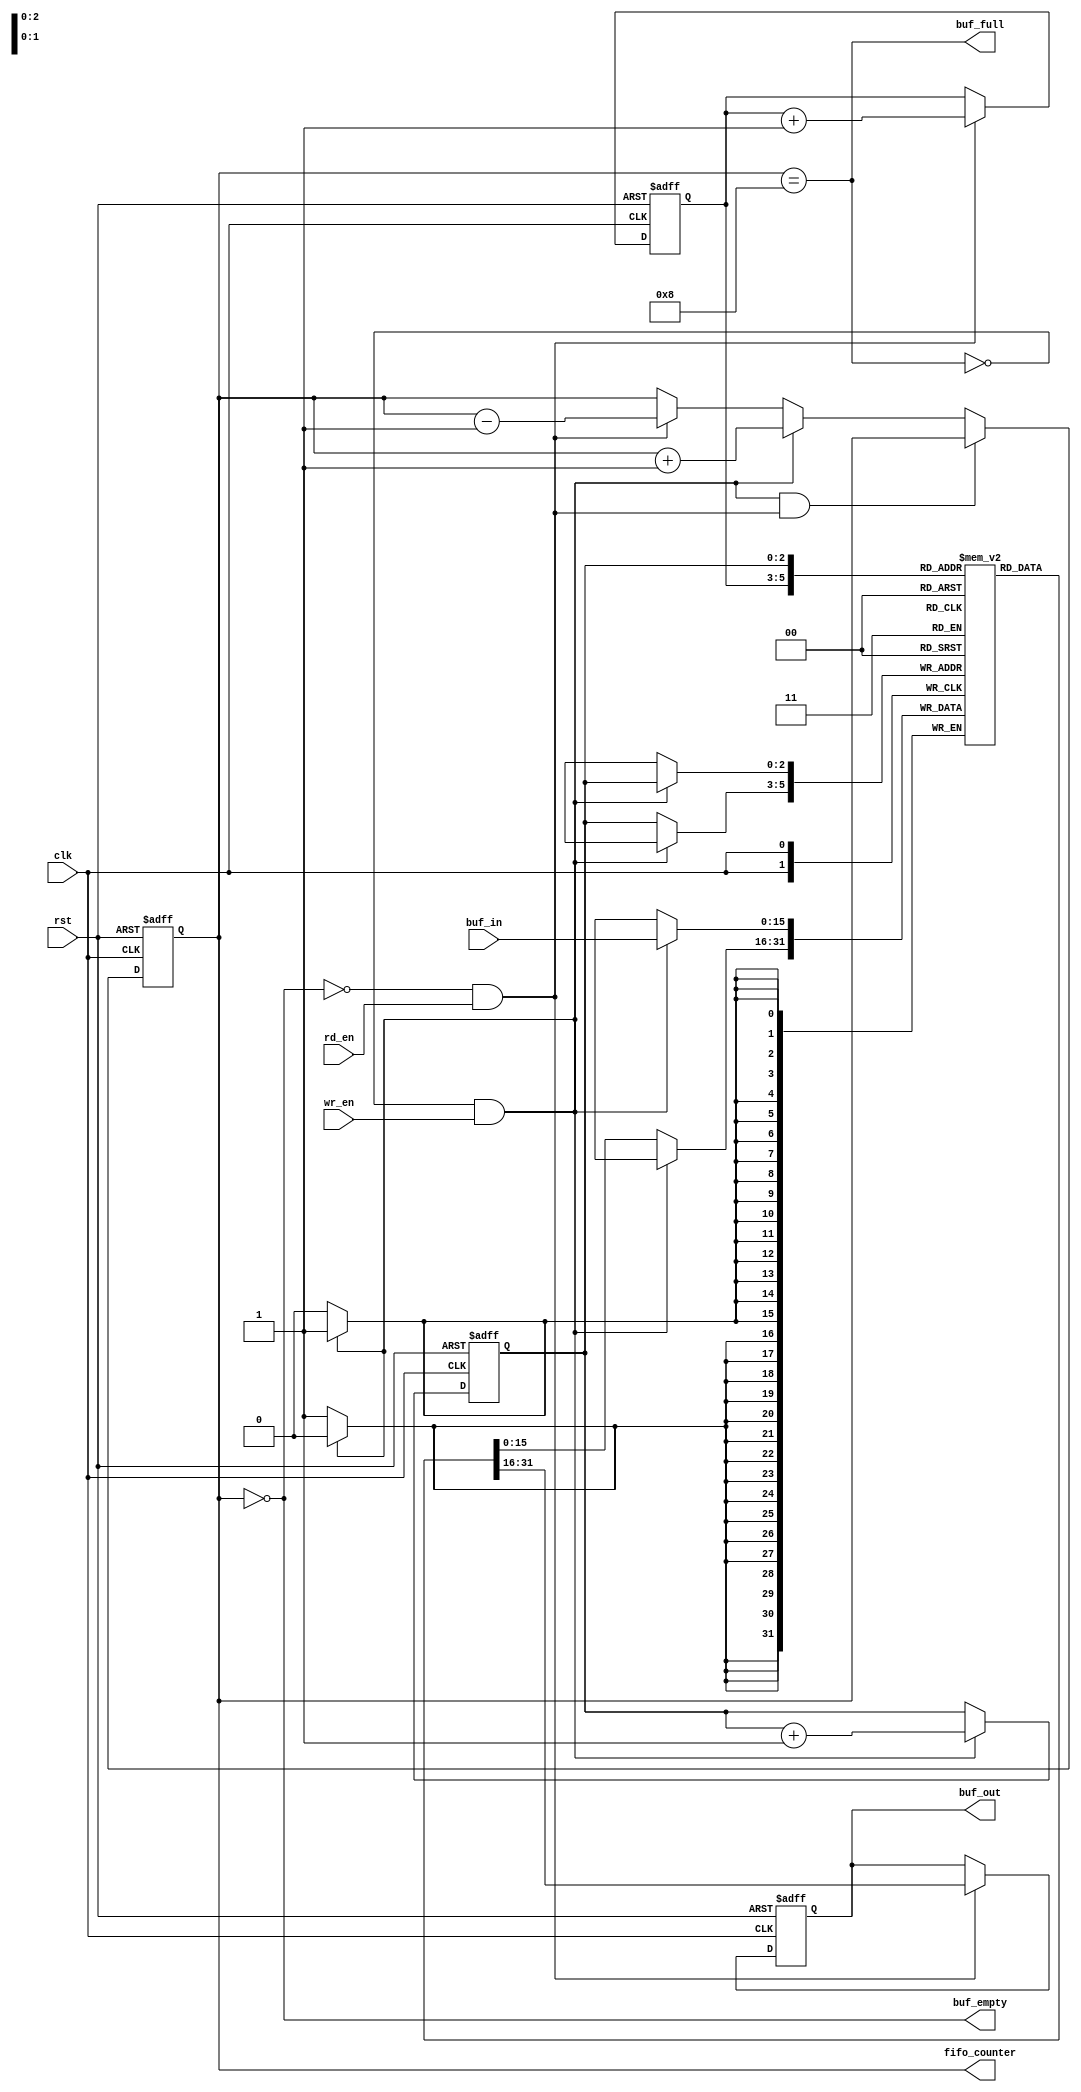



`define BUF_WIDTH 3    // BUF_SIZE = 16 -> BUF_WIDTH = 4, no. of bits to be used in pointer
`define BUF_SIZE ( 1<<`BUF_WIDTH )

module fifo( clk, rst, buf_in, buf_out, wr_en, rd_en, buf_empty, buf_full, fifo_counter );

input                 rst, clk, wr_en, rd_en;   
// reset, system clock, write enable and read enable.
input [15:0]           buf_in;                   
// data input to be pushed to buffer
output[15:0]           buf_out;                  
// port to output the data using pop.
output                buf_empty, buf_full;      
// buffer empty and full indication 
output[`BUF_WIDTH :0] fifo_counter;             
// number of data pushed in to buffer   

reg[15:0]              buf_out;
reg                   buf_empty, buf_full;
reg[`BUF_WIDTH :0]    fifo_counter;
reg[`BUF_WIDTH -1:0]  rd_ptr, wr_ptr;           // pointer to read and write addresses  
reg[15:0]              buf_mem[`BUF_SIZE -1 : 0]; //  

always @(fifo_counter)
begin
   buf_empty = (fifo_counter==0);
   buf_full = (fifo_counter== `BUF_SIZE);

end

always @(posedge clk or posedge rst)
begin
   if( rst )
       fifo_counter <= 0;

   else if( (!buf_full && wr_en) && ( !buf_empty && rd_en ) )
       fifo_counter <= fifo_counter;

   else if( !buf_full && wr_en )
       fifo_counter <= fifo_counter + 1;

   else if( !buf_empty && rd_en )
       fifo_counter <= fifo_counter - 1;
   else
      fifo_counter <= fifo_counter;
end

always @( posedge clk or posedge rst)
begin
   if( rst )
      buf_out <= 0;
   else
   begin
      if( rd_en && !buf_empty )
         buf_out <= buf_mem[rd_ptr];

      else
         buf_out <= buf_out;

   end
end

always @(posedge clk)
begin

   if( wr_en && !buf_full )
      buf_mem[ wr_ptr ] <= buf_in;

   else
      buf_mem[ wr_ptr ] <= buf_mem[ wr_ptr ];
end

always@(posedge clk or posedge rst)
begin
   if( rst )
   begin
      wr_ptr <= 0;
      rd_ptr <= 0;
   end
   else
   begin
      if( !buf_full && wr_en )    wr_ptr <= wr_ptr + 1;
          else  wr_ptr <= wr_ptr;

      if( !buf_empty && rd_en )   rd_ptr <= rd_ptr + 1;
      else rd_ptr <= rd_ptr;
   end

end
endmodule